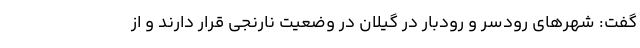
گفت: شهرهای رودسر و رودبار در گیلان در وضعیت نارنجی قرار دارند و از